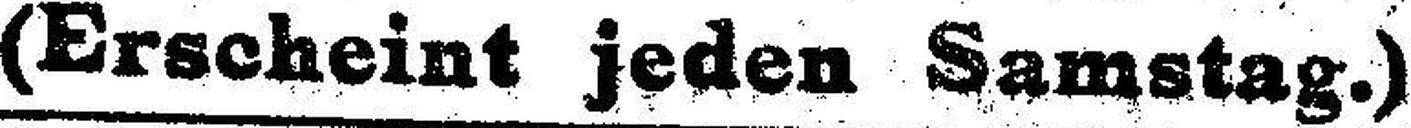
(Erscheint jeden Samstag.)